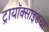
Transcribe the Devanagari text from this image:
ट्रायॉक्साइडचा